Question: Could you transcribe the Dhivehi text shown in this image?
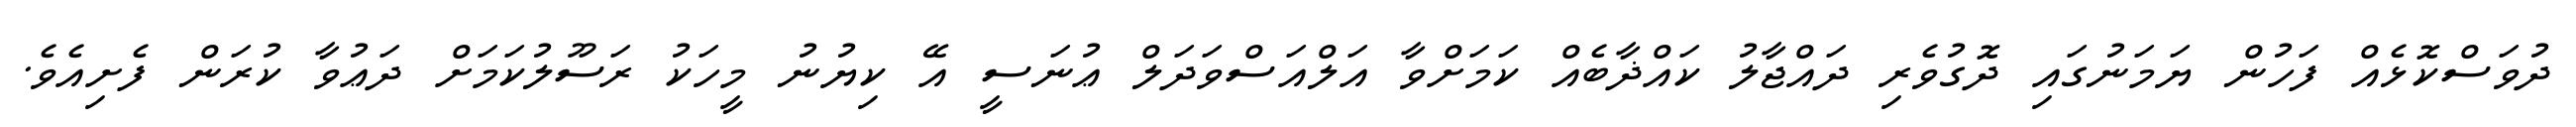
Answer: ދުވަސްކޮޅެއް ފަހުން ޔަމަނުގައި ދޮގުވެރި ދައްޖާލު ކައްޛާބެއް ކަމަށްވާ އަލްއަސްވަދަލް ޢުނަސީ އޭ ކިޔުނު މީހަކު ރަސޫލުކަމަށް ދަޢުވާ ކުރަން ފެށިއެވެ.